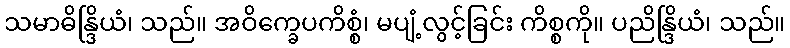
သမာဓိန္ဒြိယံ၊ သည်။ အဝိက္ခေပကိစ္စံ၊ မပျံ့လွင့်ခြင်း ကိစ္စကို။ ပညိန္ဒြိယံ၊ သည်။